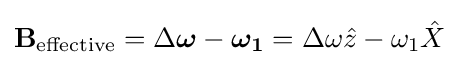
\mathbf {B} _{\rm {effective}}=\Delta {\boldsymbol {\omega }}-{\boldsymbol {\omega _{1}}}=\Delta \omega {\hat {z}}-\omega _{1}{\hat {X}}